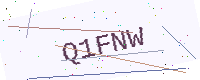
Text: Q1FNW